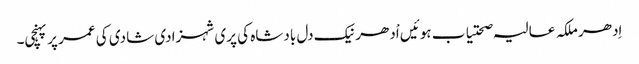
اِدھر ملکہ عالیہ صحتیاب ہوئیں اْدھر نیک دل بادشاہ کی پری شہزادی شادی کی عمر پر پہنچی۔